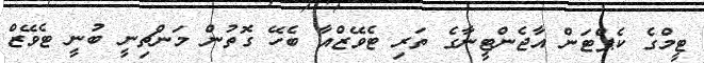
ޓީމްގެ ކެޕްޓަން އާޖެންޓީނާގެ ތަރި ޓެވޭޒްއާ ބެހޭ ގޮތުން މަންޗިނީ ބުނީ ޓެވޭޒް